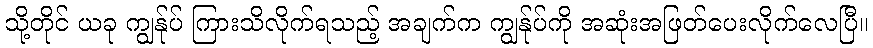
သို့တိုင် ယခု ကျွန်ုပ် ကြားသိလိုက်ရသည့် အချက်က ကျွန်ုပ်ကို အဆုံးအဖြတ်ပေးလိုက်လေပြီ။